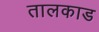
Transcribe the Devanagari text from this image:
तालकाड